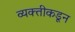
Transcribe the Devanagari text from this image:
व्यक्‍तीकडून